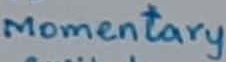
Text: Momentary